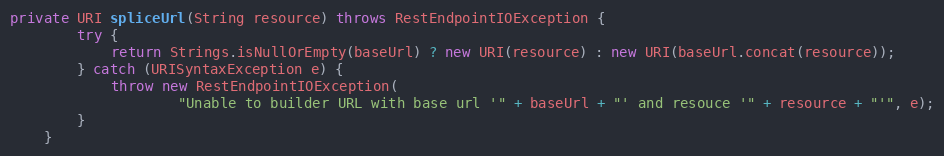
Language: Java
private URI spliceUrl(String resource) throws RestEndpointIOException {
        try {
            return Strings.isNullOrEmpty(baseUrl) ? new URI(resource) : new URI(baseUrl.concat(resource));
        } catch (URISyntaxException e) {
            throw new RestEndpointIOException(
                    "Unable to builder URL with base url '" + baseUrl + "' and resouce '" + resource + "'", e);
        }
    }